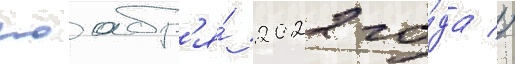
ноабр'я́ 2022 го́да //